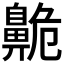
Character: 𪖡